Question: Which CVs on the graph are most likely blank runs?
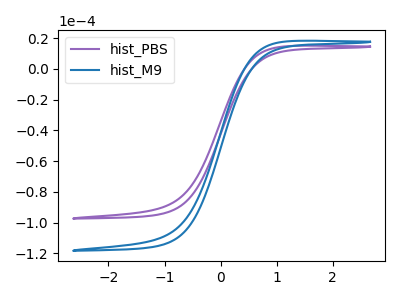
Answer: <think>The purple curve "hist_PBS" has no peaks. The blue curve "hist_M9" has no peaks.</think>
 <answer>"hist_PBS" and "hist_M9" are likely to be blanks.</answer>
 <eval>"hist_PBS", "hist_M9"</eval>